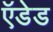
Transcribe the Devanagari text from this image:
ऍडेड